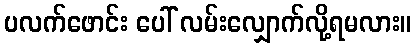
ပလက်ဖောင်း ပေါ် လမ်းလျှောက်လို့ရမလား။